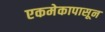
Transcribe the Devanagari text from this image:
एकमेकापासून